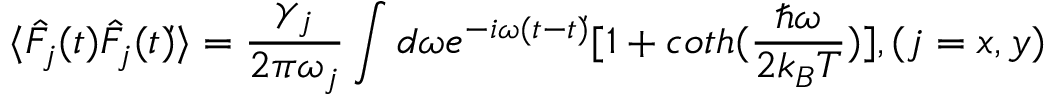
\langle \hat { F } _ { j } ( t ) \hat { F } _ { j } ( \acute { t } ) \rangle = \frac { \gamma _ { j } } { 2 \pi \omega _ { j } } \int d \omega e ^ { - i \omega ( t - \acute { t } ) } [ 1 + c o t h ( \frac { \hbar \omega } { 2 k _ { B } T } ) ] , ( j = x , y )